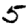
Digit: 5